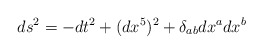
\begin{align*}ds^2 = -dt^2 + (dx^5)^2 + \delta_{ab} dx^a dx^b\end{align*}